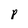
Character: p